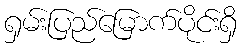
ရှမ်းပြည်မြောက်ပိုင်းရှိ